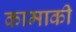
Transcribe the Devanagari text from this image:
कामाकी